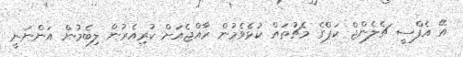
އޭ އެފްސީ ޗެލެންޖް ކަޕްގެ މެޗުތައް ކުޅެވެމުން ރާއްޖެއަށް ކުރިއެރުން ލިބެމުން އަންނަނީ